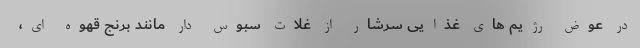
در عوض رژیم های غذایی سرشار از غلات سبوس دار مانند برنج قهوه ای،